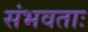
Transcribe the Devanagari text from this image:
संभवताः